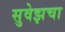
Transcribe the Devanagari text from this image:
सुवेझचा